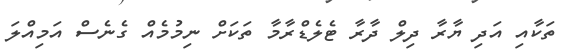
ތަކާއި އަދި ޔާރާ ދިލް ދާރާ ޓެލެޑްރާމާ ތަކަށް ނިމުމެއް ގެނެސް އަމިއްލަ